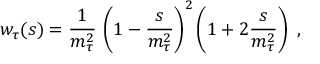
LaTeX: w _ { \tau } ( s ) = { \frac { 1 } { m _ { \tau } ^ { 2 } } } \, \left( 1 - { \frac { s } { m _ { \tau } ^ { 2 } } } \right) ^ { 2 } \left( 1 + 2 { \frac { s } { m _ { \tau } ^ { 2 } } } \right) \ ,